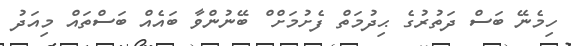
ހިމެނޭ ބަސް ދަތުރުގެ ޙިދުމަތް ފެށުމަށް ް ބޭނުންވާ ބައެއް ބަސްތައް މިއަދު